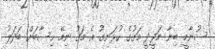
ސުނާމީ ބިނާ މަޖީދީ މަގުގެ ހުޅަނގު އެ މަގު ނިމޭ ހިސާބަށް ބަދަލު